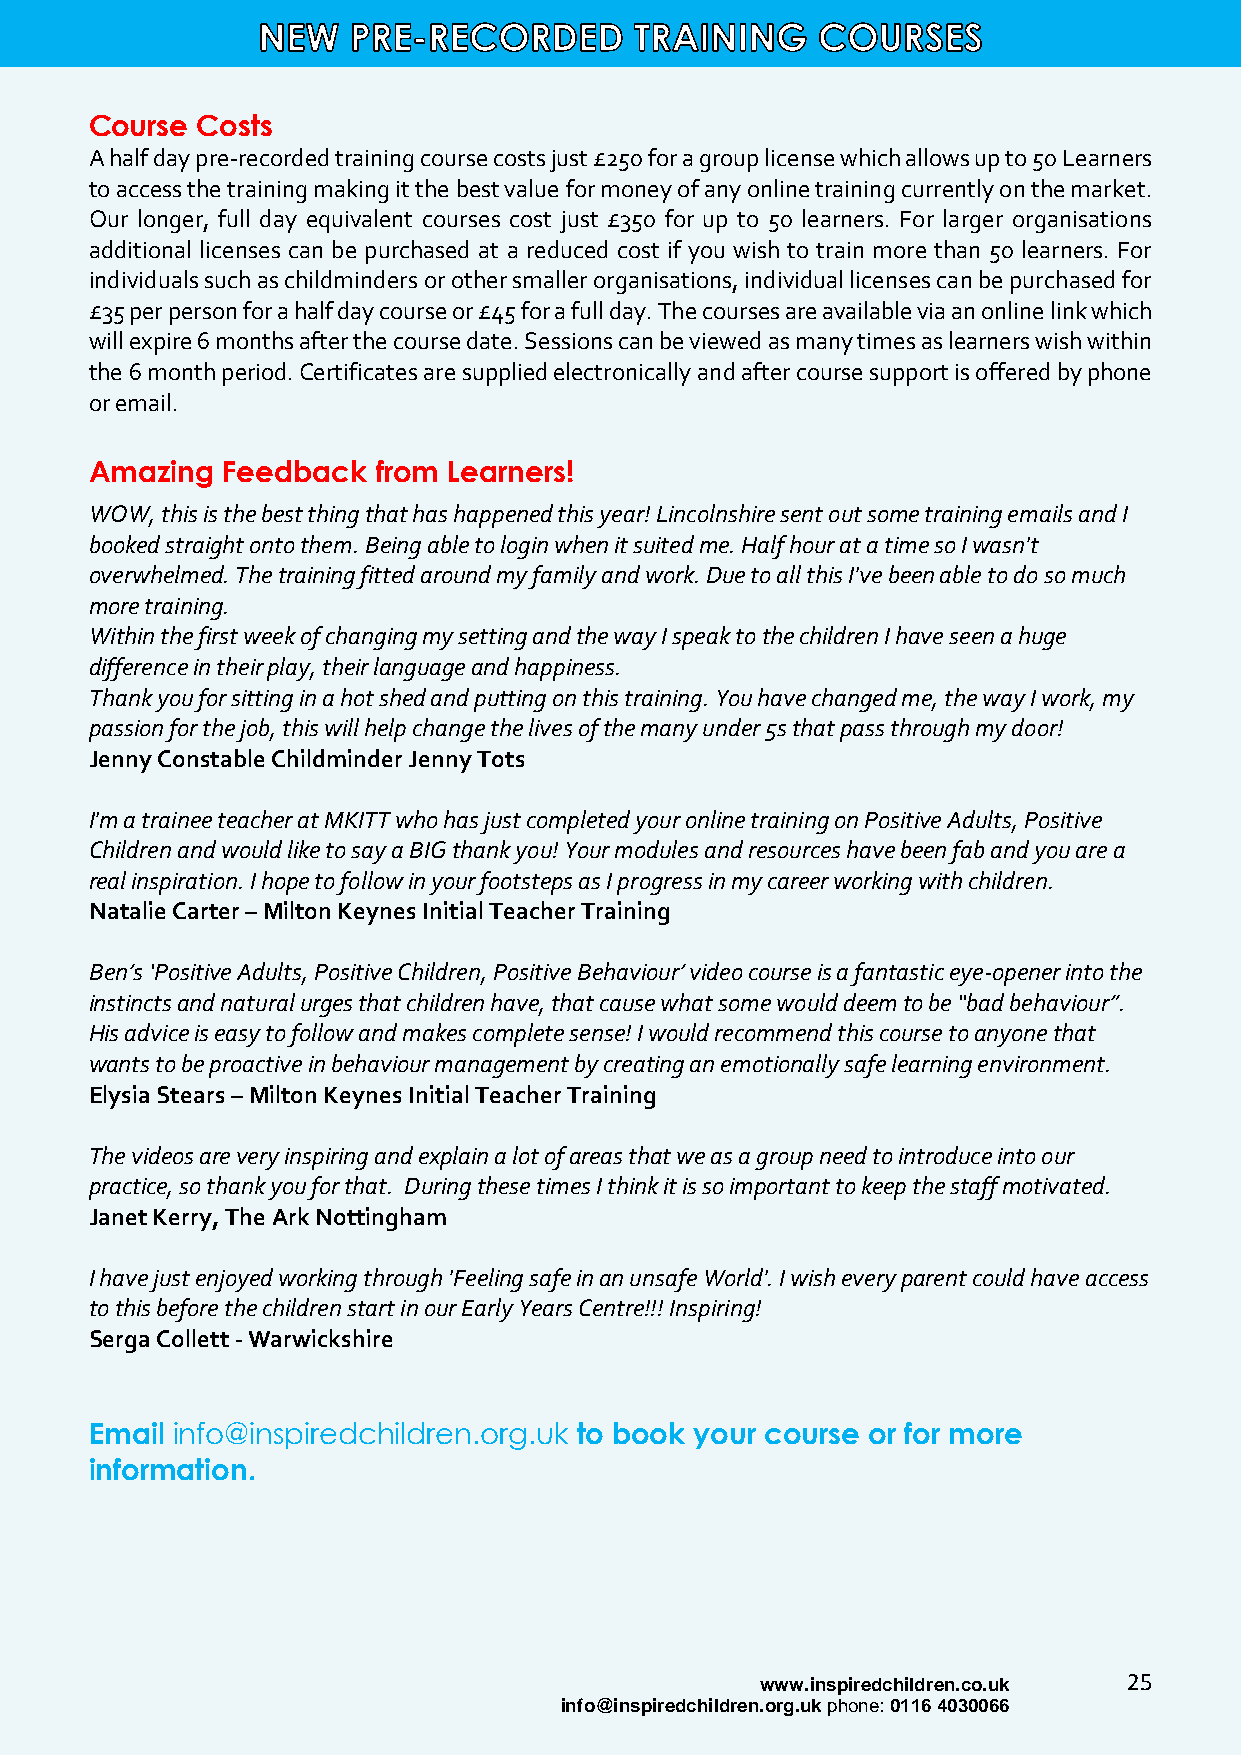
Course Costs
 A half day pre-recorded training course costs just £250 for a group license which allows up to 50 Learners
 to access the training making it the best value for money of any online training currently on the market.
 Our longer, full day equivalent courses cost just £350 for up to 50 learners. For larger organisations
 additional licenses can be purchased at a reduced cost if you wish to train more than 50 learners. For
 individuals such as childminders or other smaller organisations, individual licenses can be purchased for
 £35 per person for a half day course or £45 for a full day. The courses are available via an online link which
 will expire 6 months after the course date. Sessions can be viewed as many times as learners wish within
 the 6 month period. Certificates are supplied electronically and after course support is offered by phone
 or email.
 Amazing  Feedback  from Learners!
 WOW, this is the best thing that has happened this year! Lincolnshire sent out some training emails and I
 booked straight onto them. Being able to login when it suited me. Half hour at a time so I wasn't
 overwhelmed. The training fitted around my family and work. Due to all this I've been able to do so much
 more training.
 Within the first week of changing my setting and the way I speak to the children I have seen a huge
 difference in their play, their language and happiness.
 Thank you for sitting in a hot shed and putting on this training. You have changed me, the way I work, my
 passion for the job, this will help change the lives of the many under 5s that pass through my door!
 Jenny Constable Childminder Jenny Tots
 I'm a trainee teacher at MKITT who has just completed your online training on Positive Adults, Positive
 Children and would like to say a BIG thank you! Your modules and resources have been fab and you are a
 real inspiration. I hope to follow in your footsteps as I progress in my career working with children.
 Natalie Carter – Milton Keynes Initial Teacher Training
 Ben’s ‘Positive Adults, Positive Children, Positive Behaviour’ video course is a fantastic eye-opener into the
 instincts and natural urges that children have, that cause what some would deem to be “bad behaviour”.
 His advice is easy to follow and makes complete sense! I would recommend this course to anyone that
 wants to be proactive in behaviour management by creating an emotionally safe learning environment.
 Elysia Stears – Milton Keynes Initial Teacher Training
 The videos are very inspiring and explain a lot of areas that we as a group need to introduce into our
 practice, so thank you for that. During these times I think it is so important to keep the staff motivated.
 Janet Kerry, The Ark Nottingham
 I have just enjoyed working through 'Feeling safe in an unsafe World'. I wish every parent could have access
 to this before the children start in our Early Years Centre!!! Inspiring!
 Serga Collett - Warwickshire
 Email info@inspiredchildren.org.uk to book your course or for more
 information.
 www.inspiredchildren.co.uk 25
 info@inspiredchildren.org.uk phone: 0116 4030066